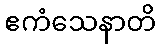
ဧကံသေနာတိ